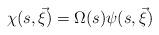
LaTeX: \begin{align*}\chi (s,\vec \xi)= \Omega (s)\psi(s,\vec \xi) \end{align*}